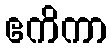
ဧကိကာ